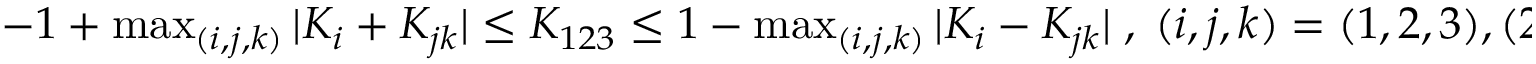
\begin{array} { r } { - 1 + \operatorname* { m a x } _ { ( i , j , k ) } \vert K _ { i } + K _ { j k } \vert \le K _ { 1 2 3 } \le 1 - \operatorname* { m a x } _ { ( i , j , k ) } \vert K _ { i } - K _ { j k } \vert \; , \; ( i , j , k ) = ( 1 , 2 , 3 ) , ( 2 , 1 , 3 ) , ( 3 , 1 , 2 ) \; . } \end{array}